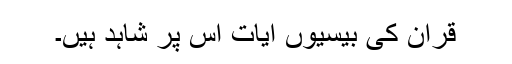
قرآن کی بیسیوں آیات اس پر شاہد ہیں۔